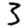
Digit: 3